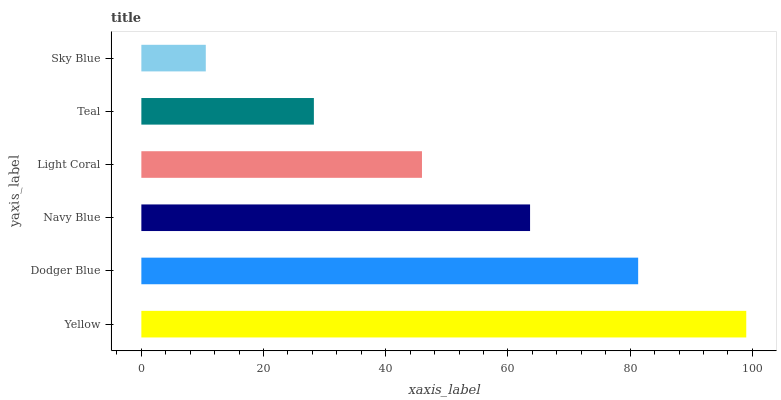
| yaxis_label | bars |
 | --- | --- |
 | Yellow | 99 |
 | Dodger Blue | 81.3 |
 | Navy Blue | 63.6 |
 | Light Coral | 45.9 |
 | Teal | 28.2 |
 | Sky Blue | 10.5 |